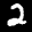
Label: 2